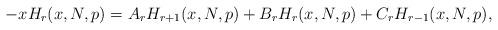
LaTeX: \begin{align*}-x H_r(x,N,p)=A_r H_{r+1}(x,N,p) + B_r H_{r}(x,N,p) + C_r H_{r-1}(x,N,p),\end{align*}